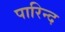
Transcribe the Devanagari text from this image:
पारिन्द